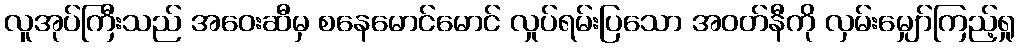
လူအုပ်ကြီးသည် အဝေးဆီမှ စနေမောင်မောင် လှုပ်ရမ်းပြသော အဝတ်နီကို လှမ်းမျှော်ကြည့်ရှု